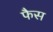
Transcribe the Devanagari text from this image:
फैस